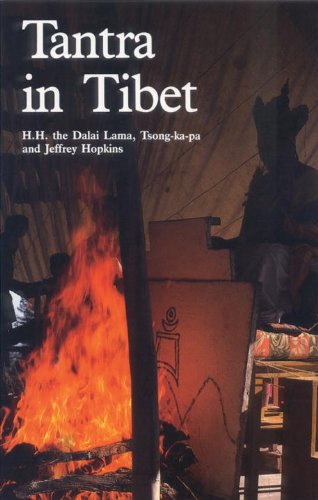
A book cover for Tantra in Tibet (Wisdom of Tibet Series); Dalai Lama; Religion & Spirituality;